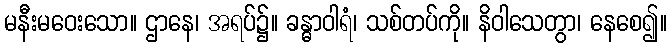
မနီးမဝေးသော။ ဌာနေ၊ အရပ်၌။ ခန္ဓာဝါရံ၊ သစ်တပ်ကို။ နိဝါသေတွာ၊ နေစေ၍။